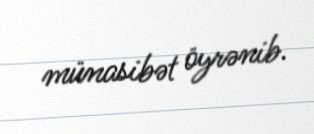
münasibət öyrənib.